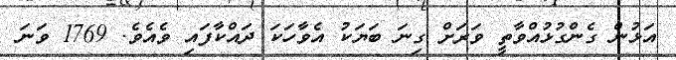
އަޅުން ގެންގުޅުއްވާތީ ވަރަށް ގިނަ ބަޔަކު އެވާހަކަ ދައްކާފައި ވެއެވެ. 1769 ވަނަ